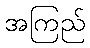
အကြည်